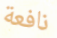
نافعة